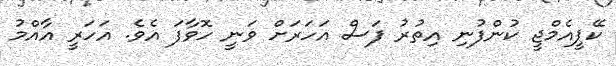
ކޭޕީއެމްޖީ ކުންފުނި އިތުރު ފަސް އަހަރަށް ވަނީ ހޮވާފަ އެވެ. އަހަރީ އާއްމު